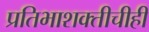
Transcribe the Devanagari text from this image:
प्रतिभाशक्तीचीही